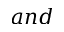
a n d